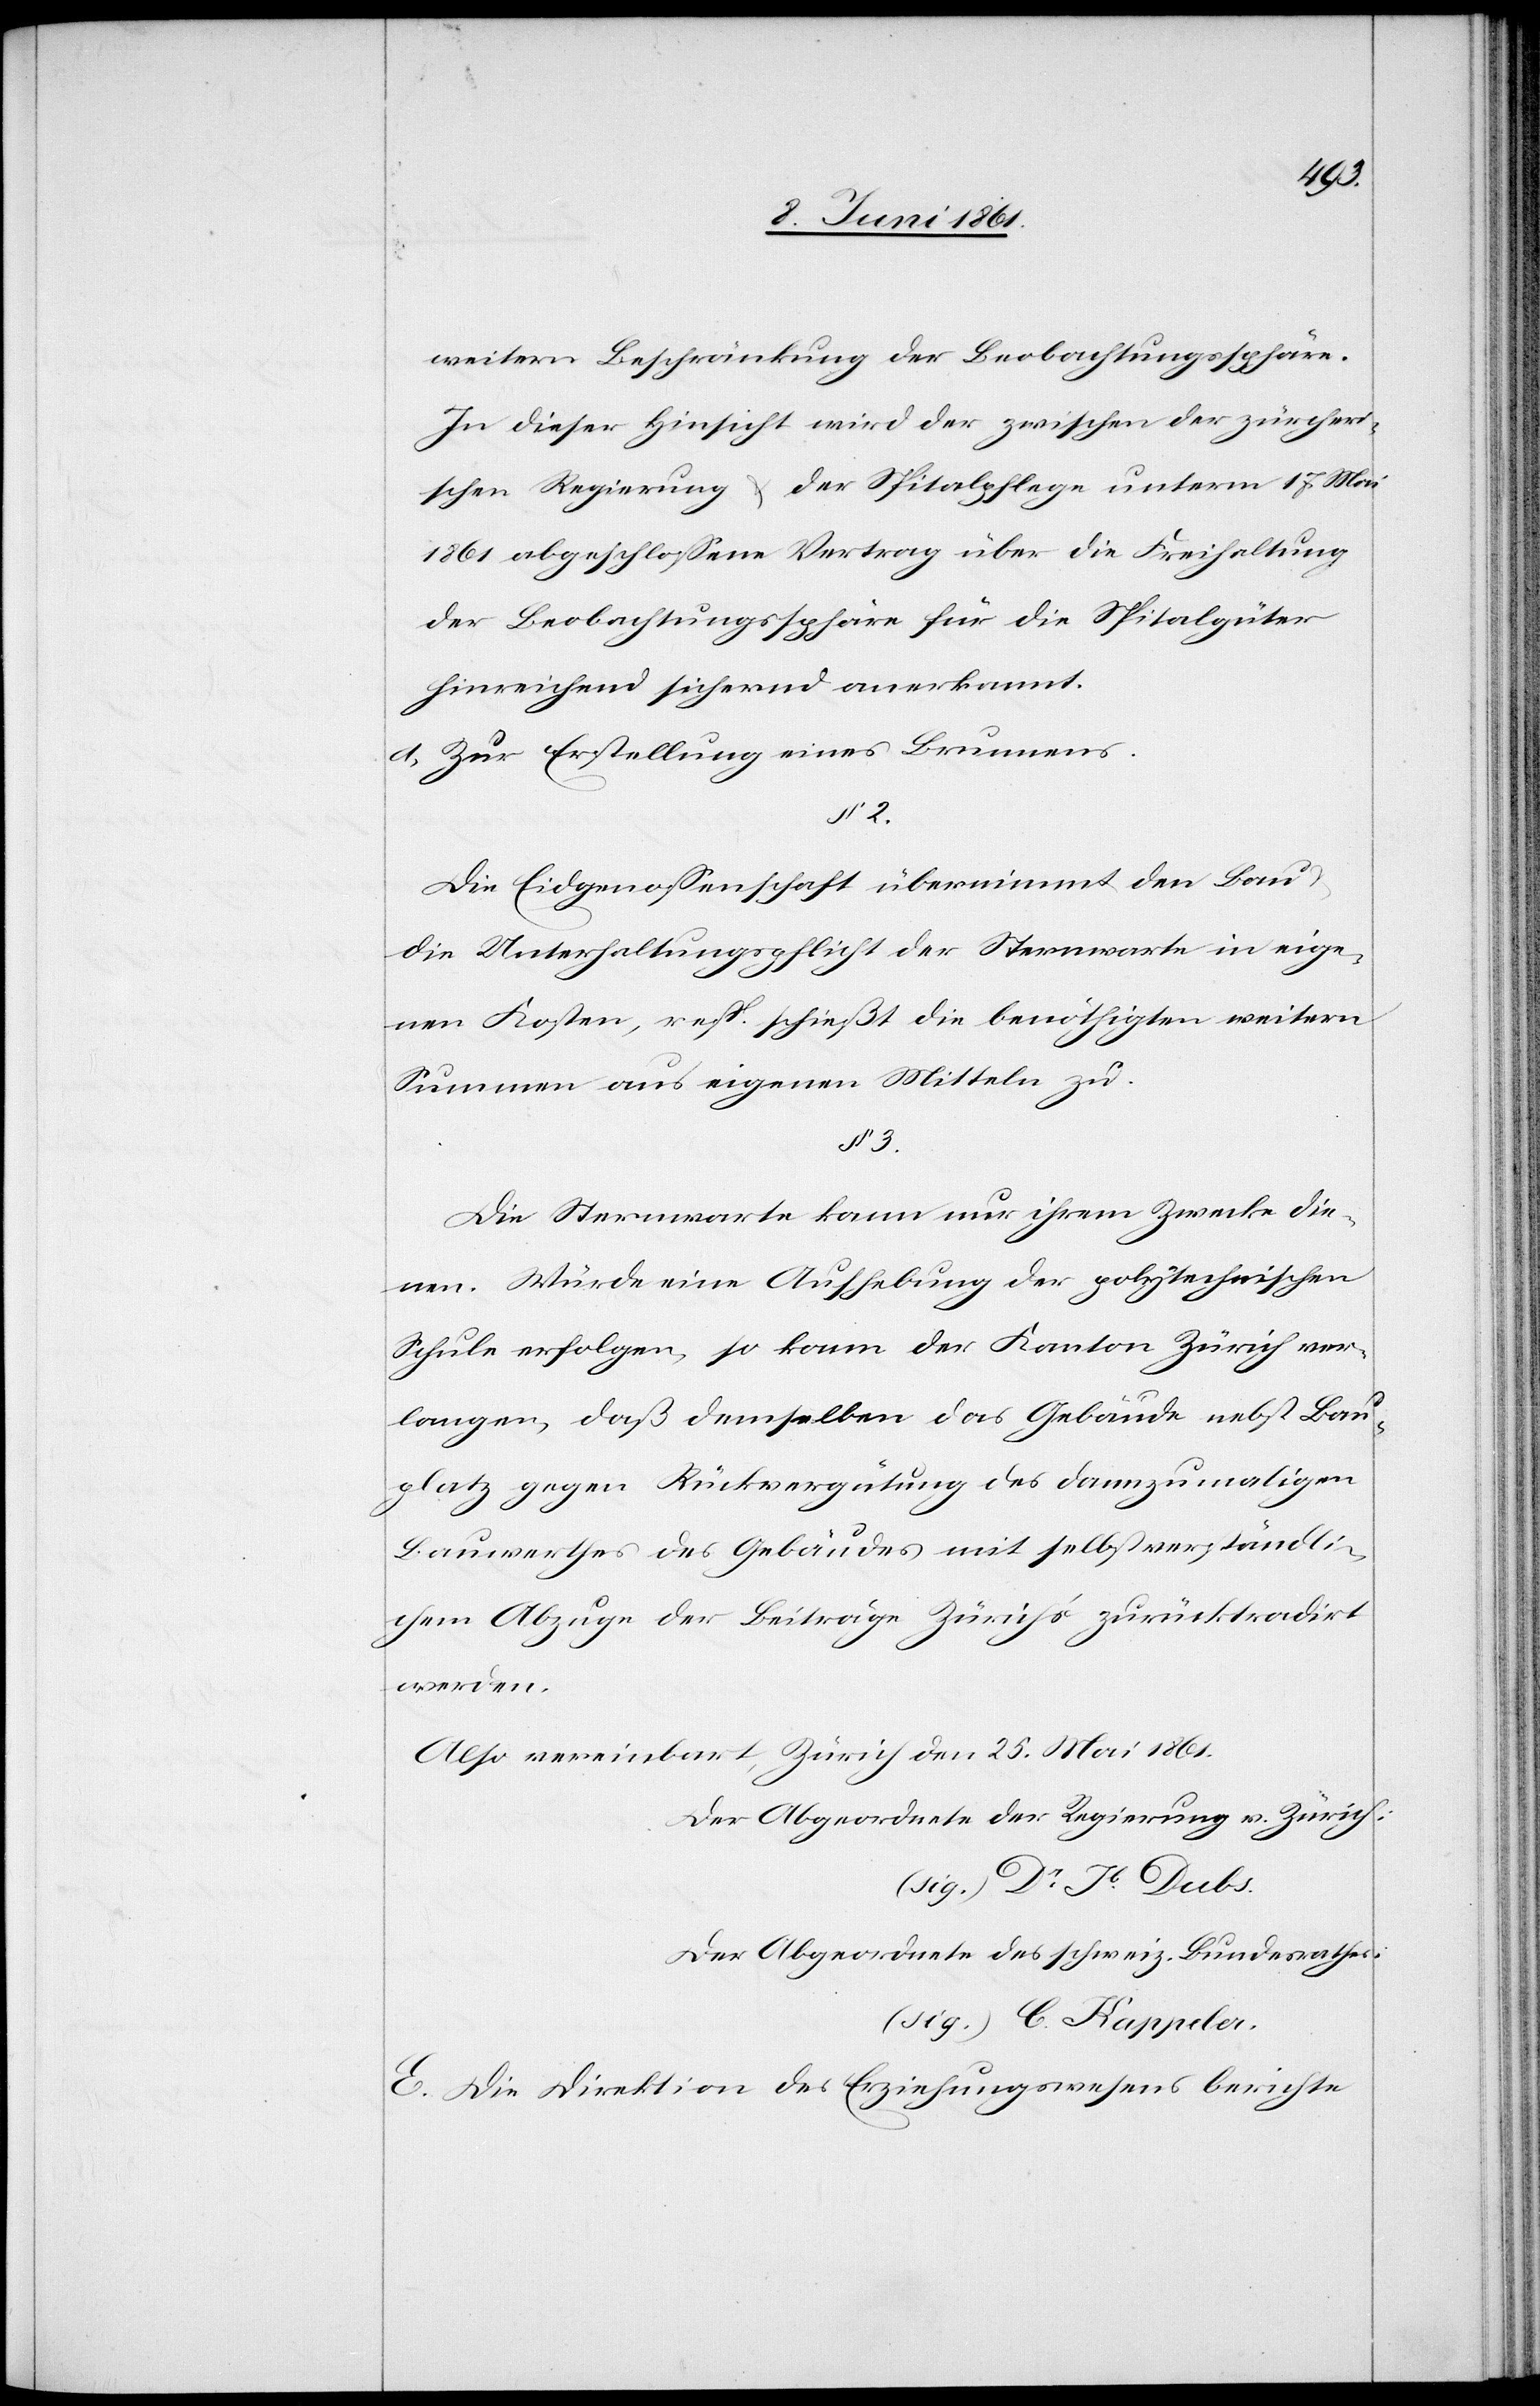
2.
weitern Beschränkung der Beobachtungssphäre.
In dieser Hinsicht wird der zwischen der zürcheri¬
schen Regierung u. der Spitalpflege unterm 17. Mai
1861 abgeschlossene Vertrag über die Freihaltung
der Beobachtungssphäre für die Spitalgüter
hirneichend sichernd anerkannt.
d) Zur Erstellung eines Brunnens.
Die Eidgenossenschaft übernimmt den Bau
die Unterhaltungspflicht der Sternwarte in eige¬
nen Kosten, resp. schließt die benöthigten weitern
Summen aus eigenen Mitteln zu.
§. 3.
Die Sternwarte kann nur ihrem Zwecke die¬
nen. Würde eine Aufhebung der polytechnischen
Schule erfolgen, so kann der Kanton Zürich ver¬
langen, daß demselben das Gebäude nebst Bau¬
platz gegen Rückvergütung des dannzumaligen
Bauwerthes des Gebäudes mit selbstverständli¬
chem Abzuge der Beiträge Zürichs zurücktradirt
werden.
Also vereinbart, Zürich den 25. Mai 1861
Der Abgeordnete der Regierung v. Zürich
(sig.) Dr. Jb. Dubs.
Der Abgeordnete des schweiz. Bundesrathes.
(sig.) C. Kappeler
E. Die Direktion des Erziehungswesens berichte